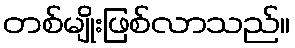
တစ်မျိုးဖြစ်လာသည်။